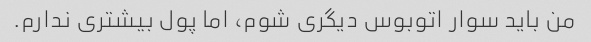
من باید سوار اتوبوس دیگری شوم، اما پول بیشتری ندارم.